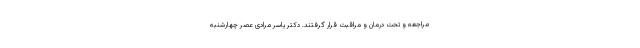
مراجعه و تحت درمان و مراقبت قرار گرفتند. دکتر یاسر مرادی عصر چهارشنبه